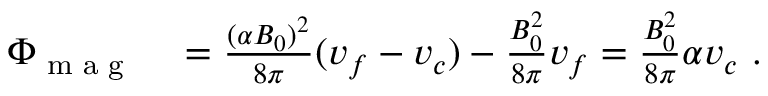
\begin{array} { r l } { \Phi _ { \textrm { m a g } } } & { { } = \frac { ( \alpha B _ { 0 } ) ^ { 2 } } { 8 \pi } ( v _ { f } - v _ { c } ) - \frac { B _ { 0 } ^ { 2 } } { 8 \pi } v _ { f } = \frac { B _ { 0 } ^ { 2 } } { 8 \pi } \alpha v _ { c } \ . } \end{array}